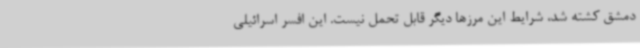
دمشق کشته شد، شرایط این مرزها دیگر قابل تحمل نیست. این افسر اسرائیلی